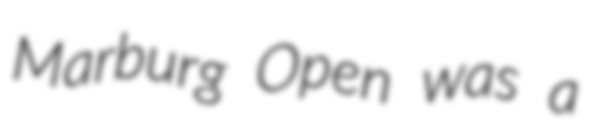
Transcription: Marburg Open was a